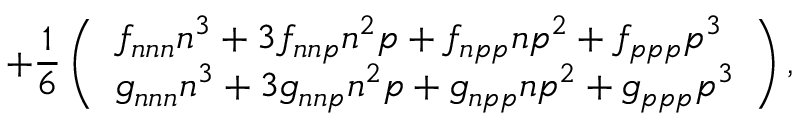
\, \, \, \, \, \, \, \, \, \, \, \, \, \, \, \, \, \, \, \, \, \, \, \, \, \, \, \, \, \, \, \, \, \, \, \, \, \, \, \, \, \, \, \, \, \, \, \, \, \, \, \, + \frac 1 6 \left( \begin{array} { l } { f _ { n n n } n ^ { 3 } + 3 f _ { n n p } n ^ { 2 } p + f _ { n p p } n p ^ { 2 } + f _ { p p p } p ^ { 3 } } \\ { g _ { n n n } n ^ { 3 } + 3 g _ { n n p } n ^ { 2 } p + g _ { n p p } n p ^ { 2 } + g _ { p p p } p ^ { 3 } } \end{array} \right) ,